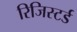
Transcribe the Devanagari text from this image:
रिजिस्टर्ड